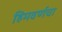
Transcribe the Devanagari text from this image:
हिमवर्णचा